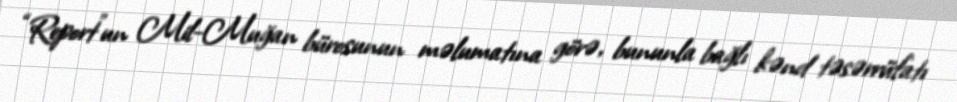
“Report”un Mil-Muğan bürosunun məlumatına görə, bununla bağlı kənd təsərrüfatı